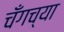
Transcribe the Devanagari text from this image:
चँगच्या